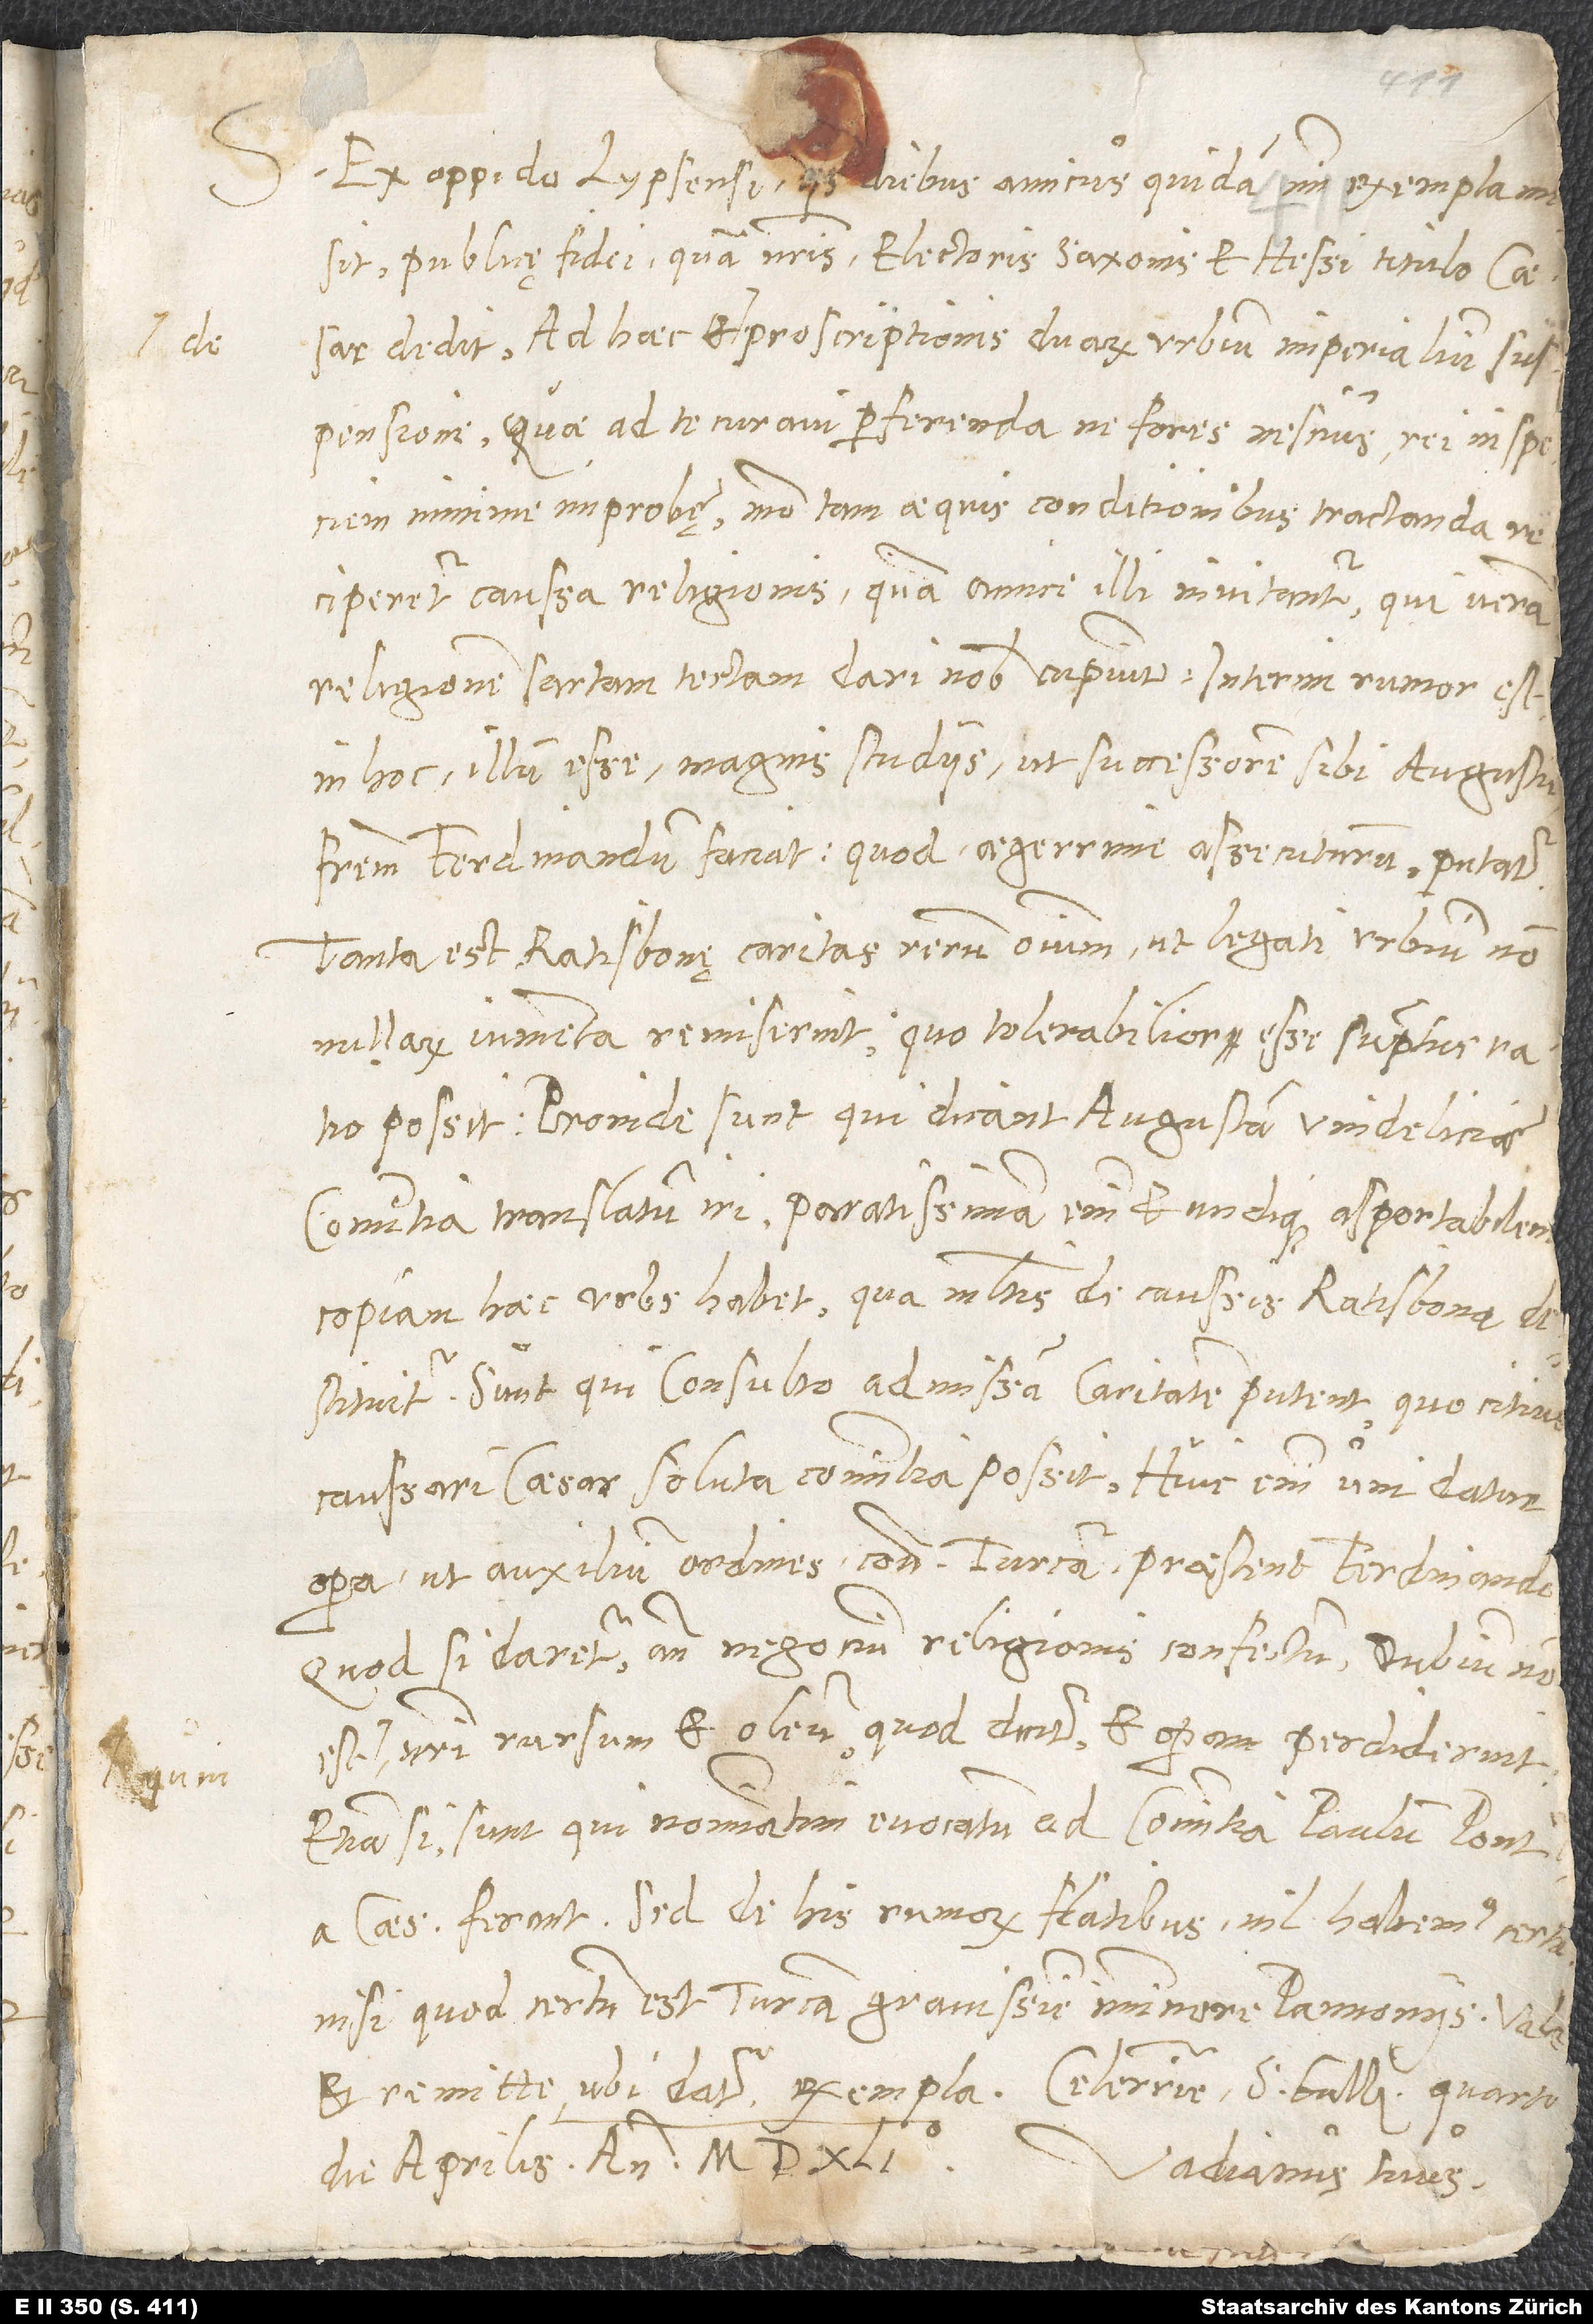
S.

Ex oppido Lypsensi hisce diebus amicus quidam mihi exempla misit
publicȩ fidei, quam nostris electoris Saxonis et Hessi titulo Caesar
dedit, ad haec et de proscriptionis duarum urbium imperialium
suspensione, quae ad te curavi perferenda, ne fores nescius rei in speciem
minime improbȩ; modo tam aequis conditionibus tractanda
reciperetur caussa religionis, quam amice illi invitantur, qui veram
religionem sartam tectam dari nobis cupiunt. Interim rumor est,
in hoc illum esse magnis studiis, ut successorem sibi Augustum
fratrem Ferdinandum faciat, quod aegerrime assecuturum putatur.
Tanta est Ratisbonȩ caritas rerum omnium, ut legati urbium
nonnullarum iumenta remiserint, quo tolerabilior esse sumptus ratio
possit. Proinde sunt qui dicant, Augustam Vindeliciae
comitia translatum iri; paratissimam enim et undique asportabilem
copiam haec urbs habet, qua multis de caussis Ratisbona
destituitur. Sunt qui consulto admissam caritatem putent, quo citius
caussari Caesar soluta comitia possit. Huic enim uni datur
opera, ut auxilium ordines contra Turcam praestent Ferdinando.
Quod si daretur ante negotium religionis confectum, dubium non
est, quin nostri rursum et oleum, quod dicitur, et operam perdiderint,
etiamsi sunt qui nominatim evocatum ad comitia Paulum pontificem
a Caesare ferant. Sed de his rumorum flatibus nil habemus certi,
nisi quod certum est, Turcam gravissime imminere Pannoniis. Vale
Vadianus tuus.